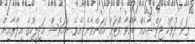
ވަނަ ދުވަހު ޖަލްސާއެއް ބާއްވާ ވޯޓަށް އަހަންވާނެ އެވެ. ނަމަވެސް މަޖިލީހުގެ އިދާރާއިން